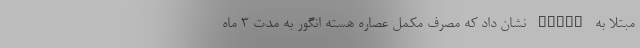
مبتلا به NAFLD نشان داد که مصرف مکمل عصاره هسته انگور به مدت 3 ماه